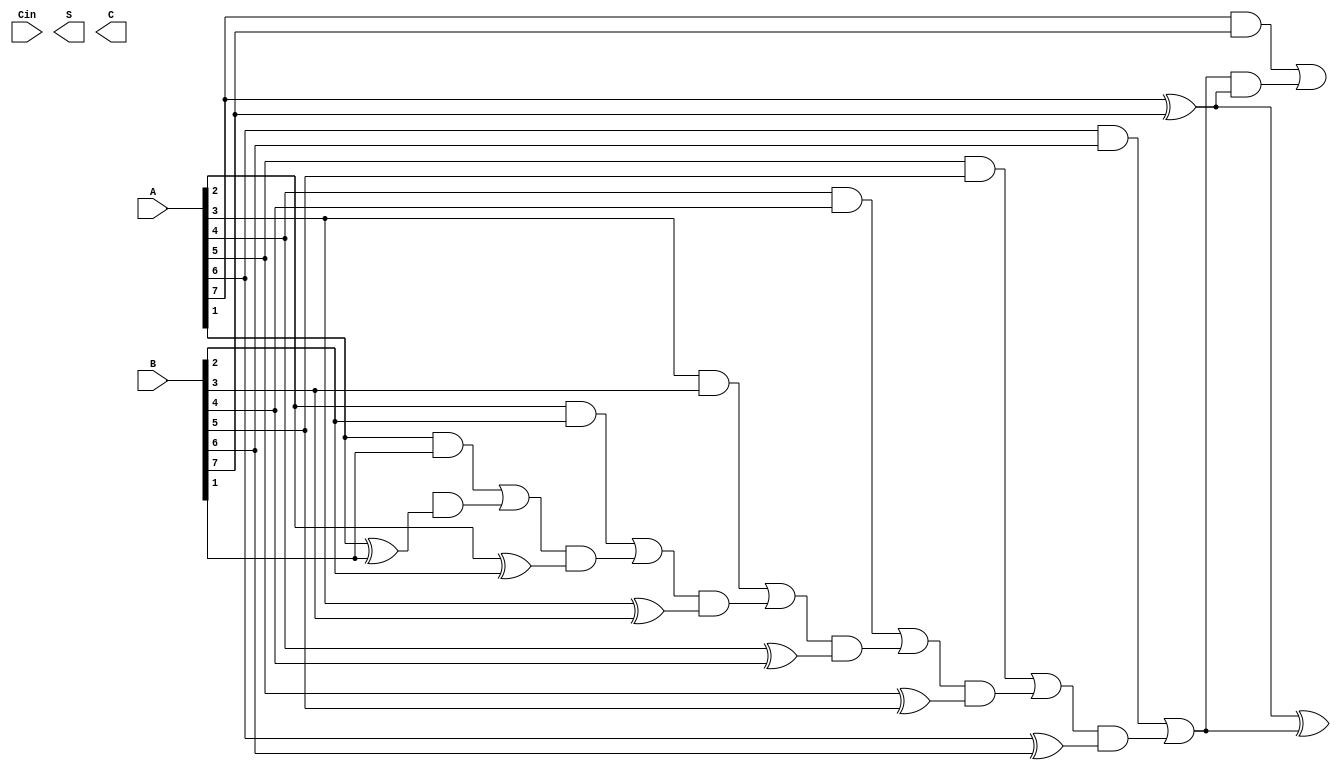
module CarrySaveAdder #(parameter n = 8) (
    input  wire [n-1:0] A,     // First n-bit input
    input  wire [n-1:0] B,     // Second n-bit input
    input  wire           Cin,   // Carry-in
    output wire [n-1:0] S,     // Sum output
    output wire [n-1:0] C      // Carry output
);
    
    // Intermediate carry and sum signals
    wire [n-1:0] HA_C; // Carry outputs from Half Adders
    wire [n-1:0] FA_C; // Carry outputs from Full Adders
    wire [n-1:0] HA_S; // Sum outputs from Half Adders
    wire [n-1:0] FA_S; // Sum outputs from Full Adders

    // Generate Half Adders for the least significant bit
    assign HA_S[0] = A[0] ^ B[0]; // Sum output from HA for LSB
    assign HA_C[0] = A[0] & B[0]; // Carry output from HA for LSB

    // Generate Full Adders for the remaining bits
    genvar i;
    generate
        for (i = 1; i < n; i = i + 1) begin : FA
            assign FA_S[i] = A[i] ^ B[i] ^ FA_C[i-1]; // Sum output from FA
            assign FA_C[i] = (A[i] & B[i]) | (FA_C[i-1] & (A[i] ^ B[i])); // Carry output from FA
        end
    endgenerate

    // Final outputs
    assign S = {FA_S[n-1], HA_S[n-1:1]}; // Combine sum outputs
    assign C = {FA_C[n-1], HA_C[n-1:1]}; // Combine carry outputs

endmodule